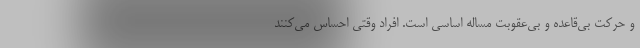
و حرکت بی‌قاعده و بی‌عقوبت مساله اساسی است. افراد وقتی احساس می‌کنند